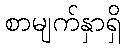
စာမျက်နှာရှိ